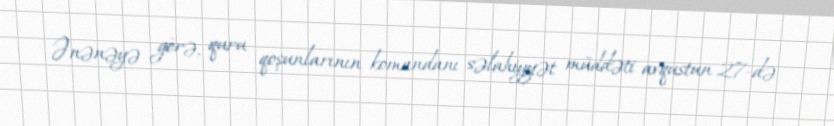
Ənənəyə görə, quru qoşunlarının komandanı səlahiyyət müddəti avqustun 27-də